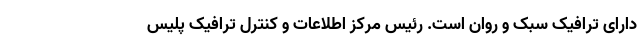
دارای ترافیک سبک و روان است. رئیس مرکز اطلاعات و کنترل ترافیک پلیس